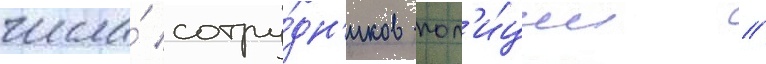
числа́ сотру́дн'иков пол'и́ции //